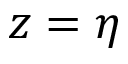
z = \eta